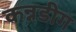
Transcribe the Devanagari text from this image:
कन्नडीग